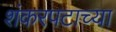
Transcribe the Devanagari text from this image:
शंकरपटाच्या